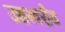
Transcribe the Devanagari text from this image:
उच्चस्वरीय